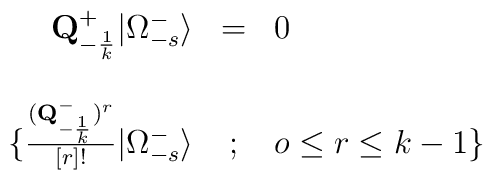
\begin{array}{rcl}{ \bf{Q}}^{+}_{-{1\over k}}\vert \Omega^{-}_{-s}\rangle &=& 0\\\\\{{({\bf{Q}}^{-}_{-{1\over k}})^{r}\over [r]!}\vert\Omega^{-}_{-s}\rangle &;& o\le r\le k-1\}\end{array}